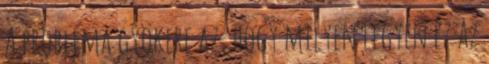
A probléma gyökere az, hogy milyen legyen ez az